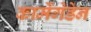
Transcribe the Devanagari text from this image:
कार्मेगेडेन